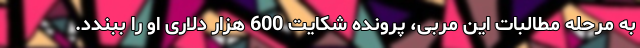
به مرحله مطالبات این مربی، پرونده شکایت 600 هزار دلاری او را ببندد.